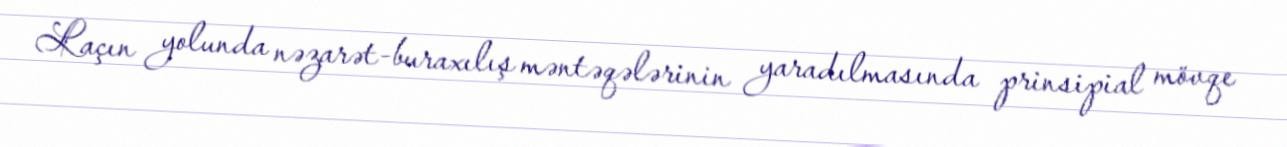
Laçın yolunda nəzarət-buraxılış məntəqələrinin yaradılmasında prinsipial mövqe